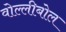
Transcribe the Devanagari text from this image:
वोल्लीबोल